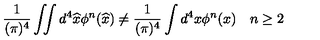
{ \frac { 1 } { ( \pi ) ^ { 4 } } } \int \! \! \! \int d ^ { 4 } \widehat { x } \phi ^ { n } ( \widehat { x } ) \neq { \frac { 1 } { ( \pi ) ^ { 4 } } } \int d ^ { 4 } x \phi ^ { n } ( x ) \quad n \geq 2